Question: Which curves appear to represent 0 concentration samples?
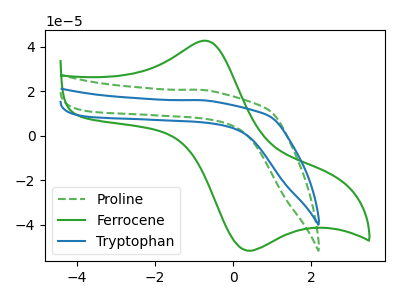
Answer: <think>The green dashed curve "Proline" has no peaks. The green curve "Ferrocene" has an anodic peak at (-0.75V, 42.70uA) and a cathodic peak at (0.30V, -51.30uA). The blue curve "Tryptophan" has no peaks.</think>
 <answer>"Proline" and "Tryptophan" are likely to be blanks.</answer>
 <eval>"Proline", "Tryptophan"</eval>